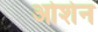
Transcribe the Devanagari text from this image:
ओशेन